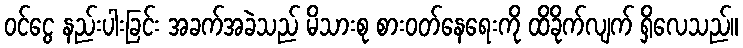
ဝင်ငွေ နည်းပါးခြင်း အခက်အခဲသည် မိသားစု စားဝတ်နေရေးကို ထိခိုက်လျက် ရှိလေသည်။